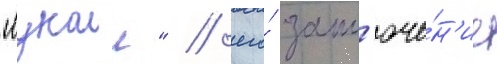
"лукоил" / его́ закл'юче́н'ие